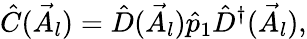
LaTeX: \hat{C}(\vec{A}_{l})=\hat{D}(\vec{A}_{l})\hat{p}_{1}\hat{D}^{\dagger}(\vec{A}_{l}),